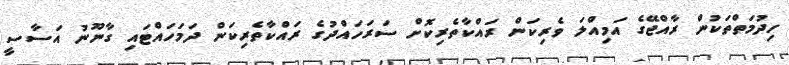
ހިދުމަތްތަކުން ރާއްޖޭގެ އަމިއްލަ ވެރިކަން ރައްކާތެރިކޮށް ސަރަހައްދުގެ ރައްކާތެރިކަން ދަމަހައްޓައި ގާނޫނު އަސާސީ